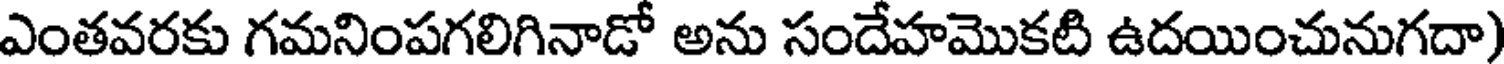
ఎంతవరకు గమనింపగలిగినాడో అను సందేహమొకటి ఉదయించునుగదా)